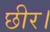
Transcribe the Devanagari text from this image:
छीर।